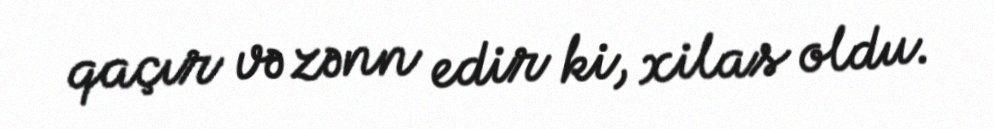
qaçır və zənn edir ki, xilas oldu.